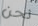
نحن